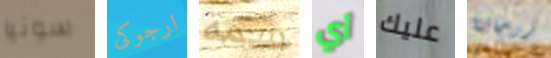
سونيا ارجوكى سمة أي عليك زوجاتنا